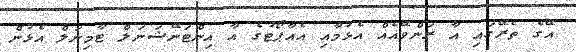
އޭގެ ތެރޭގައި އާ ރަންވޭއެއް އެޅުމާއި އެއާޕޯޓުގެ އާ އިންޓަނޭޝަނަލް ޓާމިނަލް އެޅުން